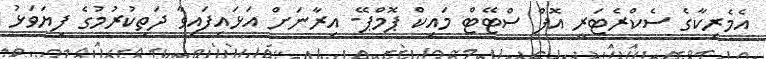
އެމެރިކާގެ ސެކްރެޓަރީ އޮފް ސްޓޭޓް މައިކް ޕޮމްޕޭ- އިރާނަށް އަޅައިފައިވާ ދަތިކުރުމުގެ ފިޔަވަޅު